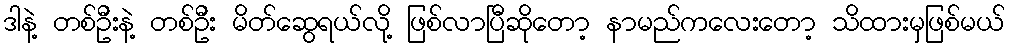
ဒါနဲ့ တစ်ဦးနဲ့ တစ်ဦး မိတ်ဆွေရယ်လို့ ဖြစ်လာပြီဆိုတော့ နာမည်ကလေးတော့ သိထားမှဖြစ်မယ်